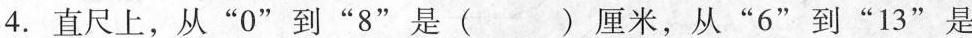
4.直尺上，从”0”到”8”是( )厘米，从”6”到”13”是